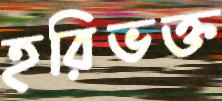
হরিভক্ত